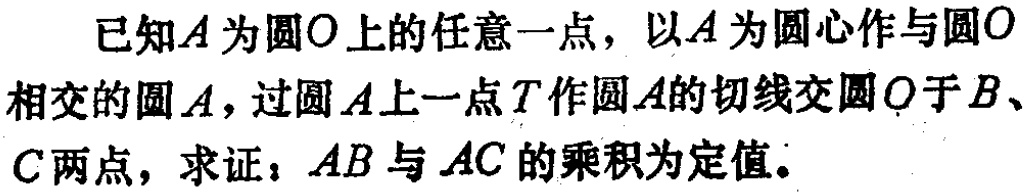
已知\(A\)为圆\(O\)上的任意一点，以\(A\)为圆心作与圆\(O\)相交的圆\(A\)，过圆\(A\)上一点\(T\)作圆\(A\)的切线交圆\(O\)于\(B\)、\(C\)两点，求证：\(AB\)与\(AC\)的乘积为定值。